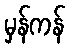
မှန်ကန်